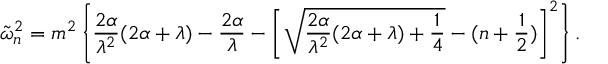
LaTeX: \tilde { \omega } _ { n } ^ { 2 } = m ^ { 2 } \left\{ \frac { 2 \alpha } { \lambda ^ { 2 } } ( 2 \alpha + \lambda ) - \frac { 2 \alpha } { \lambda } - \left[ \sqrt { \frac { 2 \alpha } { \lambda ^ { 2 } } ( 2 \alpha + \lambda ) + \frac 1 4 } - ( n + \frac 1 2 ) \right] ^ { 2 } \right\} .